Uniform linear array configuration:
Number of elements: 64
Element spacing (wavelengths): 1
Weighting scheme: cosine
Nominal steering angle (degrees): -30
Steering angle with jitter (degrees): -30.925
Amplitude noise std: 0.05
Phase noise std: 0.05

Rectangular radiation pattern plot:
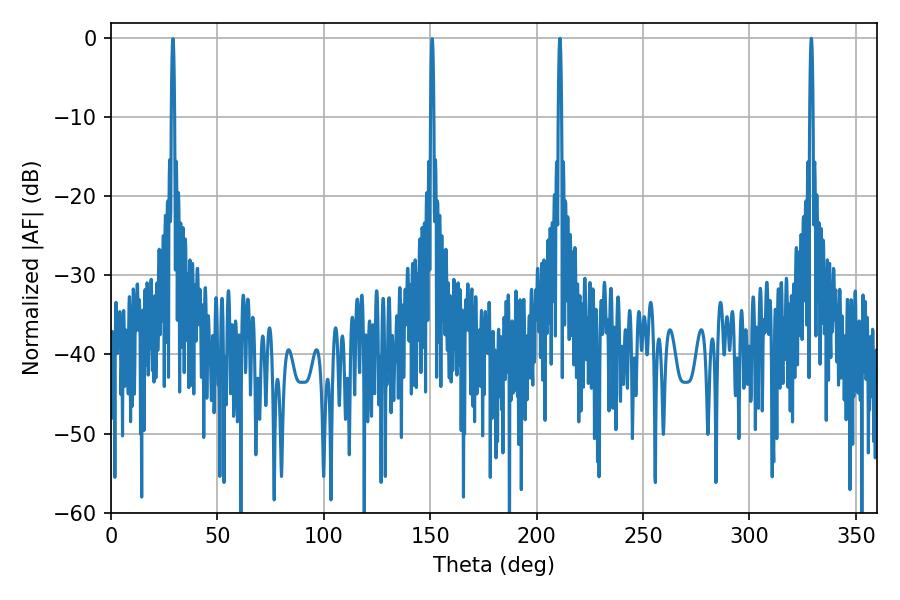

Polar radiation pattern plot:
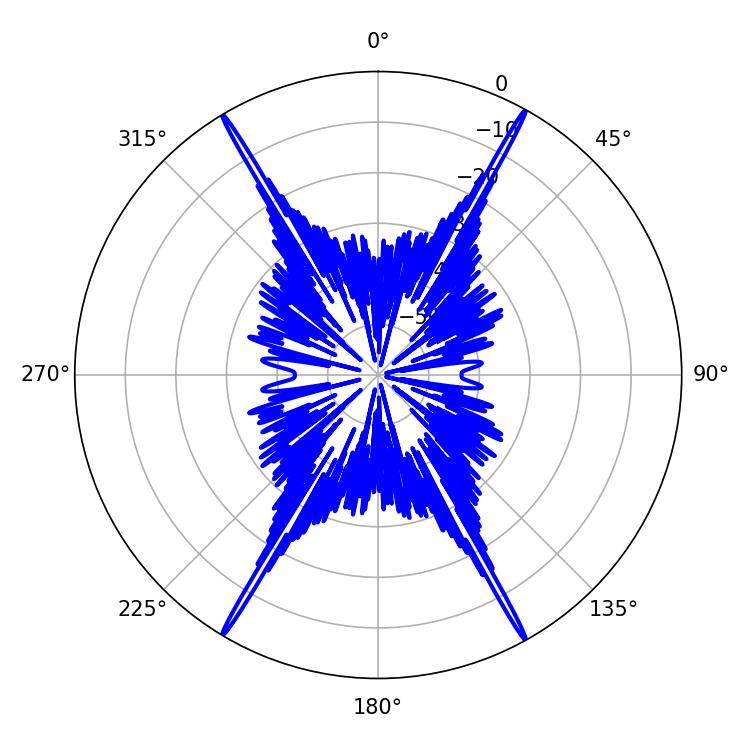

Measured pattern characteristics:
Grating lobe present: TRUE
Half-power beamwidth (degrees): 0.72
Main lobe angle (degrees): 329.04